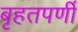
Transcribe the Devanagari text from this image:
बृहतपर्णी